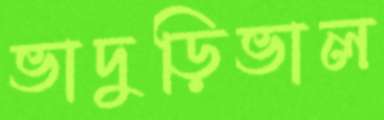
ভাদুড়িভাল